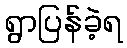
ရွာပြန်ခဲ့ရ